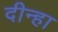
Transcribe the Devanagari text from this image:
दीन्हा